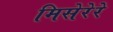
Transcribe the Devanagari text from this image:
मिसेरेरे